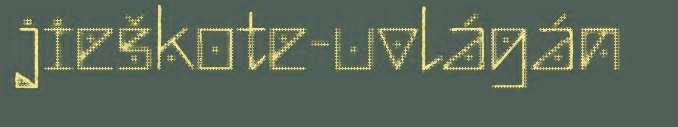
jieškote-uvlágán